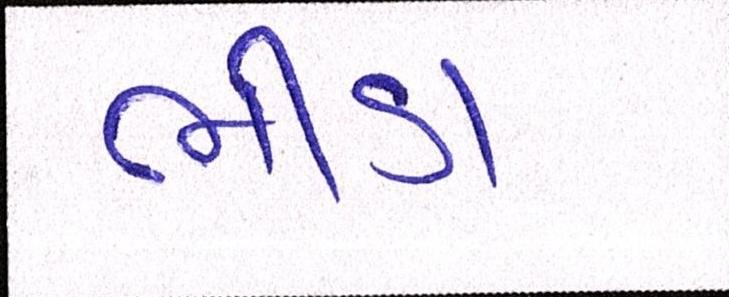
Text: ભીંડા